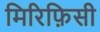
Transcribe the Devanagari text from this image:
मिरिफ़िसी